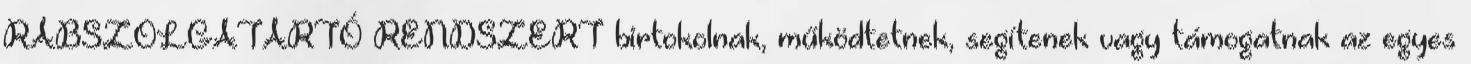
RABSZOLGATARTÓ RENDSZERT birtokolnak, működtetnek, segítenek vagy támogatnak az egyes